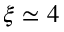
\xi \simeq 4